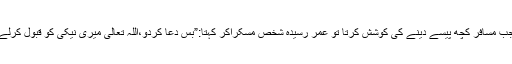
جب مسافر کچھ پیسے دینے کی کوشش کرتا تو عمر رسیدہ شخص مسکراکر کہتا:”بس دعا کردو،اللہ تعالیٰ میری نیکی کو قبول کرلے۔